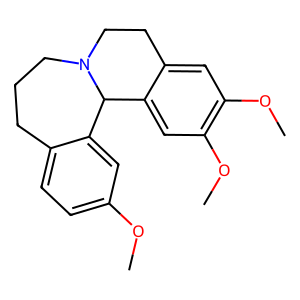
SMILES: COc1ccc2c(c1)C1c3cc(OC)c(OC)cc3CCN1CCC2
Inhibits HIV replication: No